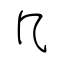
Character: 几